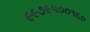
૯૯૭૯૫૦૦૧૬૦